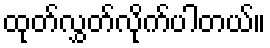
ထုတ်လွှတ်လိုက်ပါတယ်။